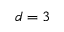
d = 3